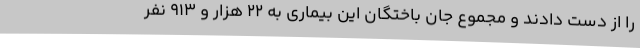
را از دست دادند و مجموع جان باختگان این بیماری به 22 هزار و 913 نفر